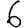
Digit: 6